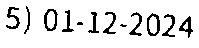
5) 01-12-2024